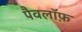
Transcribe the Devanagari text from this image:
पैवलॉफ़